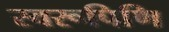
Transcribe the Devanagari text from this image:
स्वरूपिणि